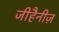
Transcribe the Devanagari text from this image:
जीहैनीज़